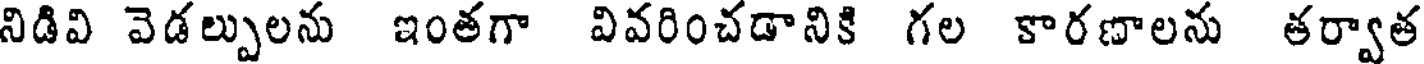
నిడివి వెడల్పులను ఇంతగా వివరించడానికి గల కారణాలను తర్వాత